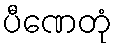
ပီဏေတုံ